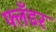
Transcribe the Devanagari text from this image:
फ्लँडर